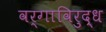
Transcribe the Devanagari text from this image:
वर्गाविरुद्ध